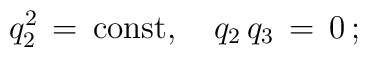
q_2^2\,=\,\mbox{const}, \quad q_2\,q_3\,=\,0\,{;}